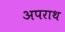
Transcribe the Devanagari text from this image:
अपराथ